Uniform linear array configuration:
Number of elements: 64
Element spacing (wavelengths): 0.5
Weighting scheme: blackman
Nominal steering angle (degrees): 45
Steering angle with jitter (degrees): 43.011
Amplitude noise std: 0.05
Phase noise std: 0.05

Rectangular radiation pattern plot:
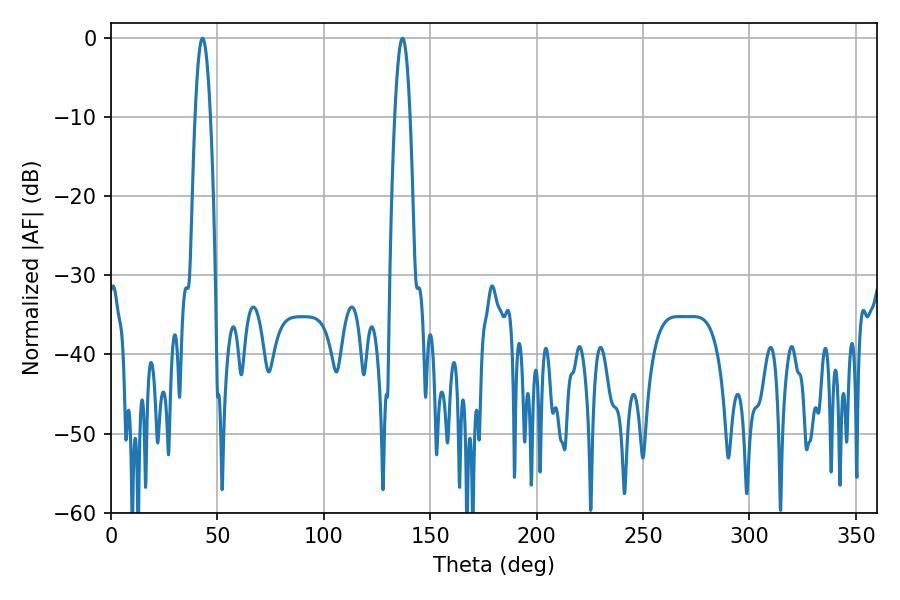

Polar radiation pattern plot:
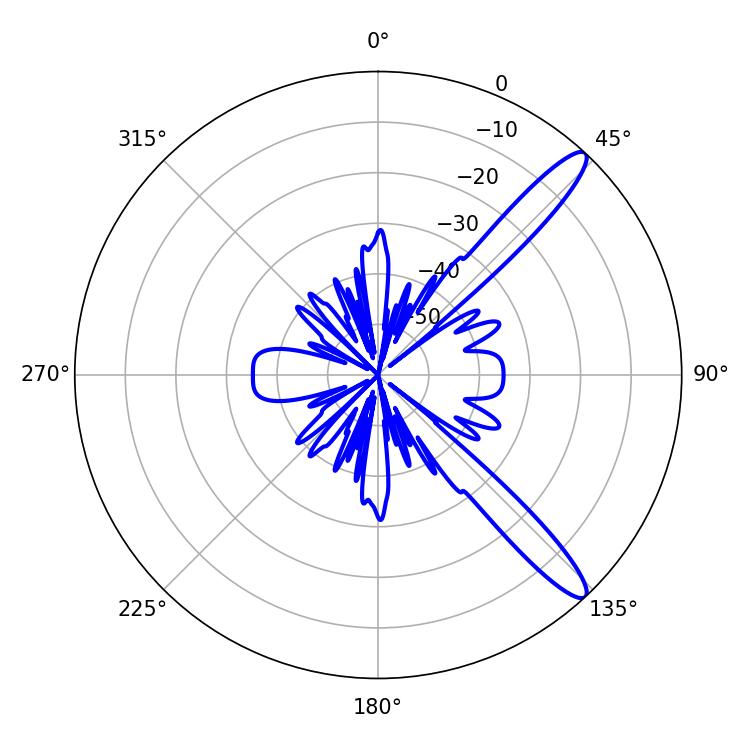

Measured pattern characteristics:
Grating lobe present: FALSE
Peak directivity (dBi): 12.9
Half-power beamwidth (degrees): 3.96
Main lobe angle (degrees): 43.02